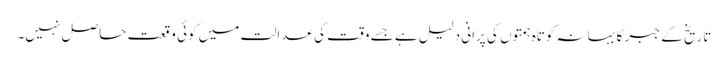
تاریخ کے جبر کا بہانہ کوتاہ ہمتوں کی پرانی دلیل ہے جسے وقت کی عدالت میں کوئی وقعت حاصل نہیں۔